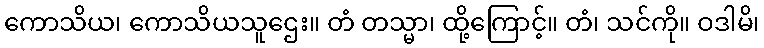
ကောသိယ၊ ကောသိယသူဌေး။ တံ တသ္မာ၊ ထို့ကြောင့်။ တံ၊ သင်ကို။ ဝဒါမိ၊